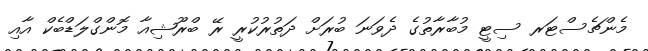
މެންޗެސްޓަރ ސިޓީ މުބާރާތުގެ ދެވަނަ ބުރަށް ދަތުރުކުރީ ރޭ ބްރޫޝިއާ މޮންގްލަޑްބެކް އާއި